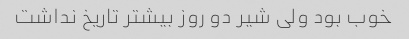
خوب بود ولی شیر دو روز بیشتر تاریخ نداشت